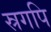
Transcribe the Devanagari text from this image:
स्रगपि